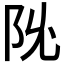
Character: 𬮽